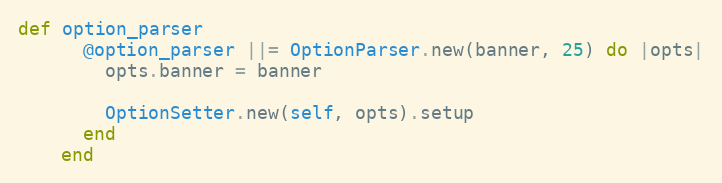
Language: Ruby
def option_parser
      @option_parser ||= OptionParser.new(banner, 25) do |opts|
        opts.banner = banner

        OptionSetter.new(self, opts).setup
      end
    end